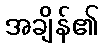
အချိန်၏